Source: Handwritten
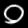
Digit: ၀ (0)